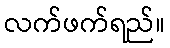
လက်ဖက်ရည်။